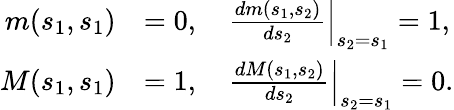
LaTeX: {\begin{array}{rl}{m(s_{1},s_{1})}&{=0,\quad\left.{\frac{dm(s_{1},s_{2})}{ds_{2}}}\right|_{s_{2}=s_{1}}=1,}\\ {M(s_{1},s_{1})}&{=1,\quad\left.{\frac{dM(s_{1},s_{2})}{ds_{2}}}\right|_{s_{2}=s_{1}}=0.}\end{array}}